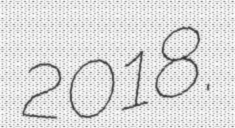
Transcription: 2018.